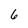
Character: 6